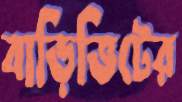
বাড়িভিটের